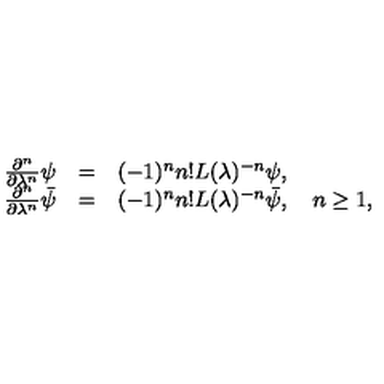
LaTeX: \begin{array} { r c l } { \frac { \partial ^ { n } } { \partial \lambda ^ { n } } \psi } & { = } & { ( - 1 ) ^ { n } n ! L ( \lambda ) ^ { - n } \psi , } \\ { \frac { \partial ^ { n } } { \partial \lambda ^ { n } } \bar { \psi } } & { = } & { ( - 1 ) ^ { n } n ! L ( \lambda ) ^ { - n } \bar { \psi } , \quad n \geq 1 , } \\ \end{array}